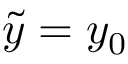
\tilde { y } = y _ { 0 }